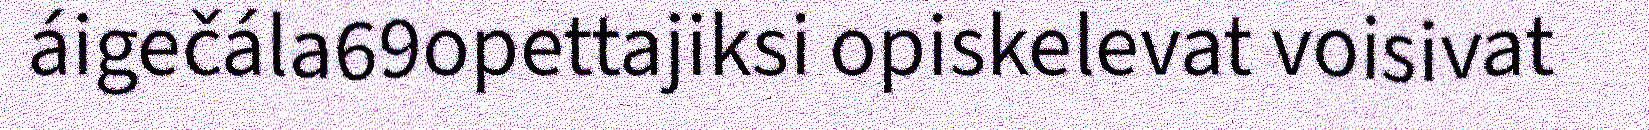
áigečála69opettajiksi opiskelevat voisivat